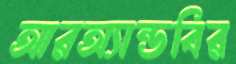
আরঅ্যান্ডবির